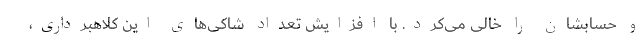
و حسابشان را خالی می‌کرد. با افزایش تعداد شاکی‌های این کلاهبرداری،